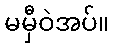
မမှီဝဲအပ်။